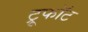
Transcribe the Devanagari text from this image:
ट्रूफॉट